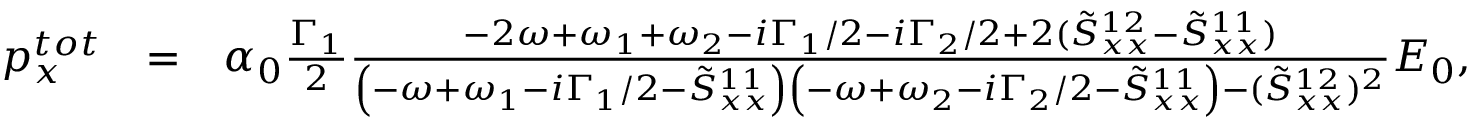
\begin{array} { r l r } { p _ { x } ^ { t o t } } & { = } & { \alpha _ { 0 } \frac { \Gamma _ { 1 } } { 2 } \frac { - 2 \omega + \omega _ { 1 } + \omega _ { 2 } - i \Gamma _ { 1 } / 2 - i \Gamma _ { 2 } / 2 + 2 ( \tilde { S } _ { x x } ^ { 1 2 } - \tilde { S } _ { x x } ^ { 1 1 } ) } { \left( - \omega + \omega _ { 1 } - i \Gamma _ { 1 } / 2 - \tilde { S } _ { x x } ^ { 1 1 } \right) \left( - \omega + \omega _ { 2 } - i \Gamma _ { 2 } / 2 - \tilde { S } _ { x x } ^ { 1 1 } \right) - ( \tilde { S } _ { x x } ^ { 1 2 } ) ^ { 2 } } E _ { 0 } , } \end{array}